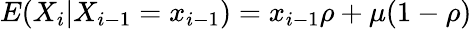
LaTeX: E(X_{i}|X_{i-1}=x_{i-1})=x_{i-1}\rho+\mu(1-\rho)